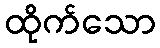
ထိုက်သော